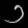
Digit: ၁